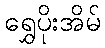
ရွှေပိုးအိမ်